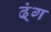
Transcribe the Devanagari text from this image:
ढ्ंग